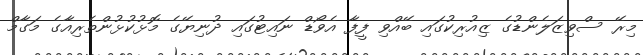
މިރޭ ސްވިޒަލެންޑުގެ ޒިއުރިކުގައި ބޭއްވި ފީފާ އެވޯޑް ނައިޓުގައި ދުނިޔޭގެ މޮޅުކުޅުންތެރިއާގެ މަގާމް